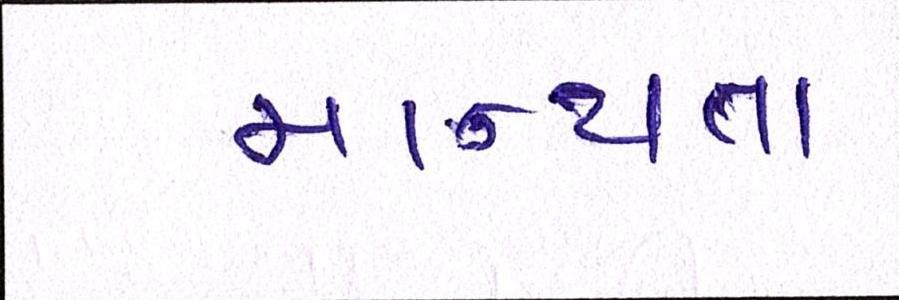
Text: માન્યતા